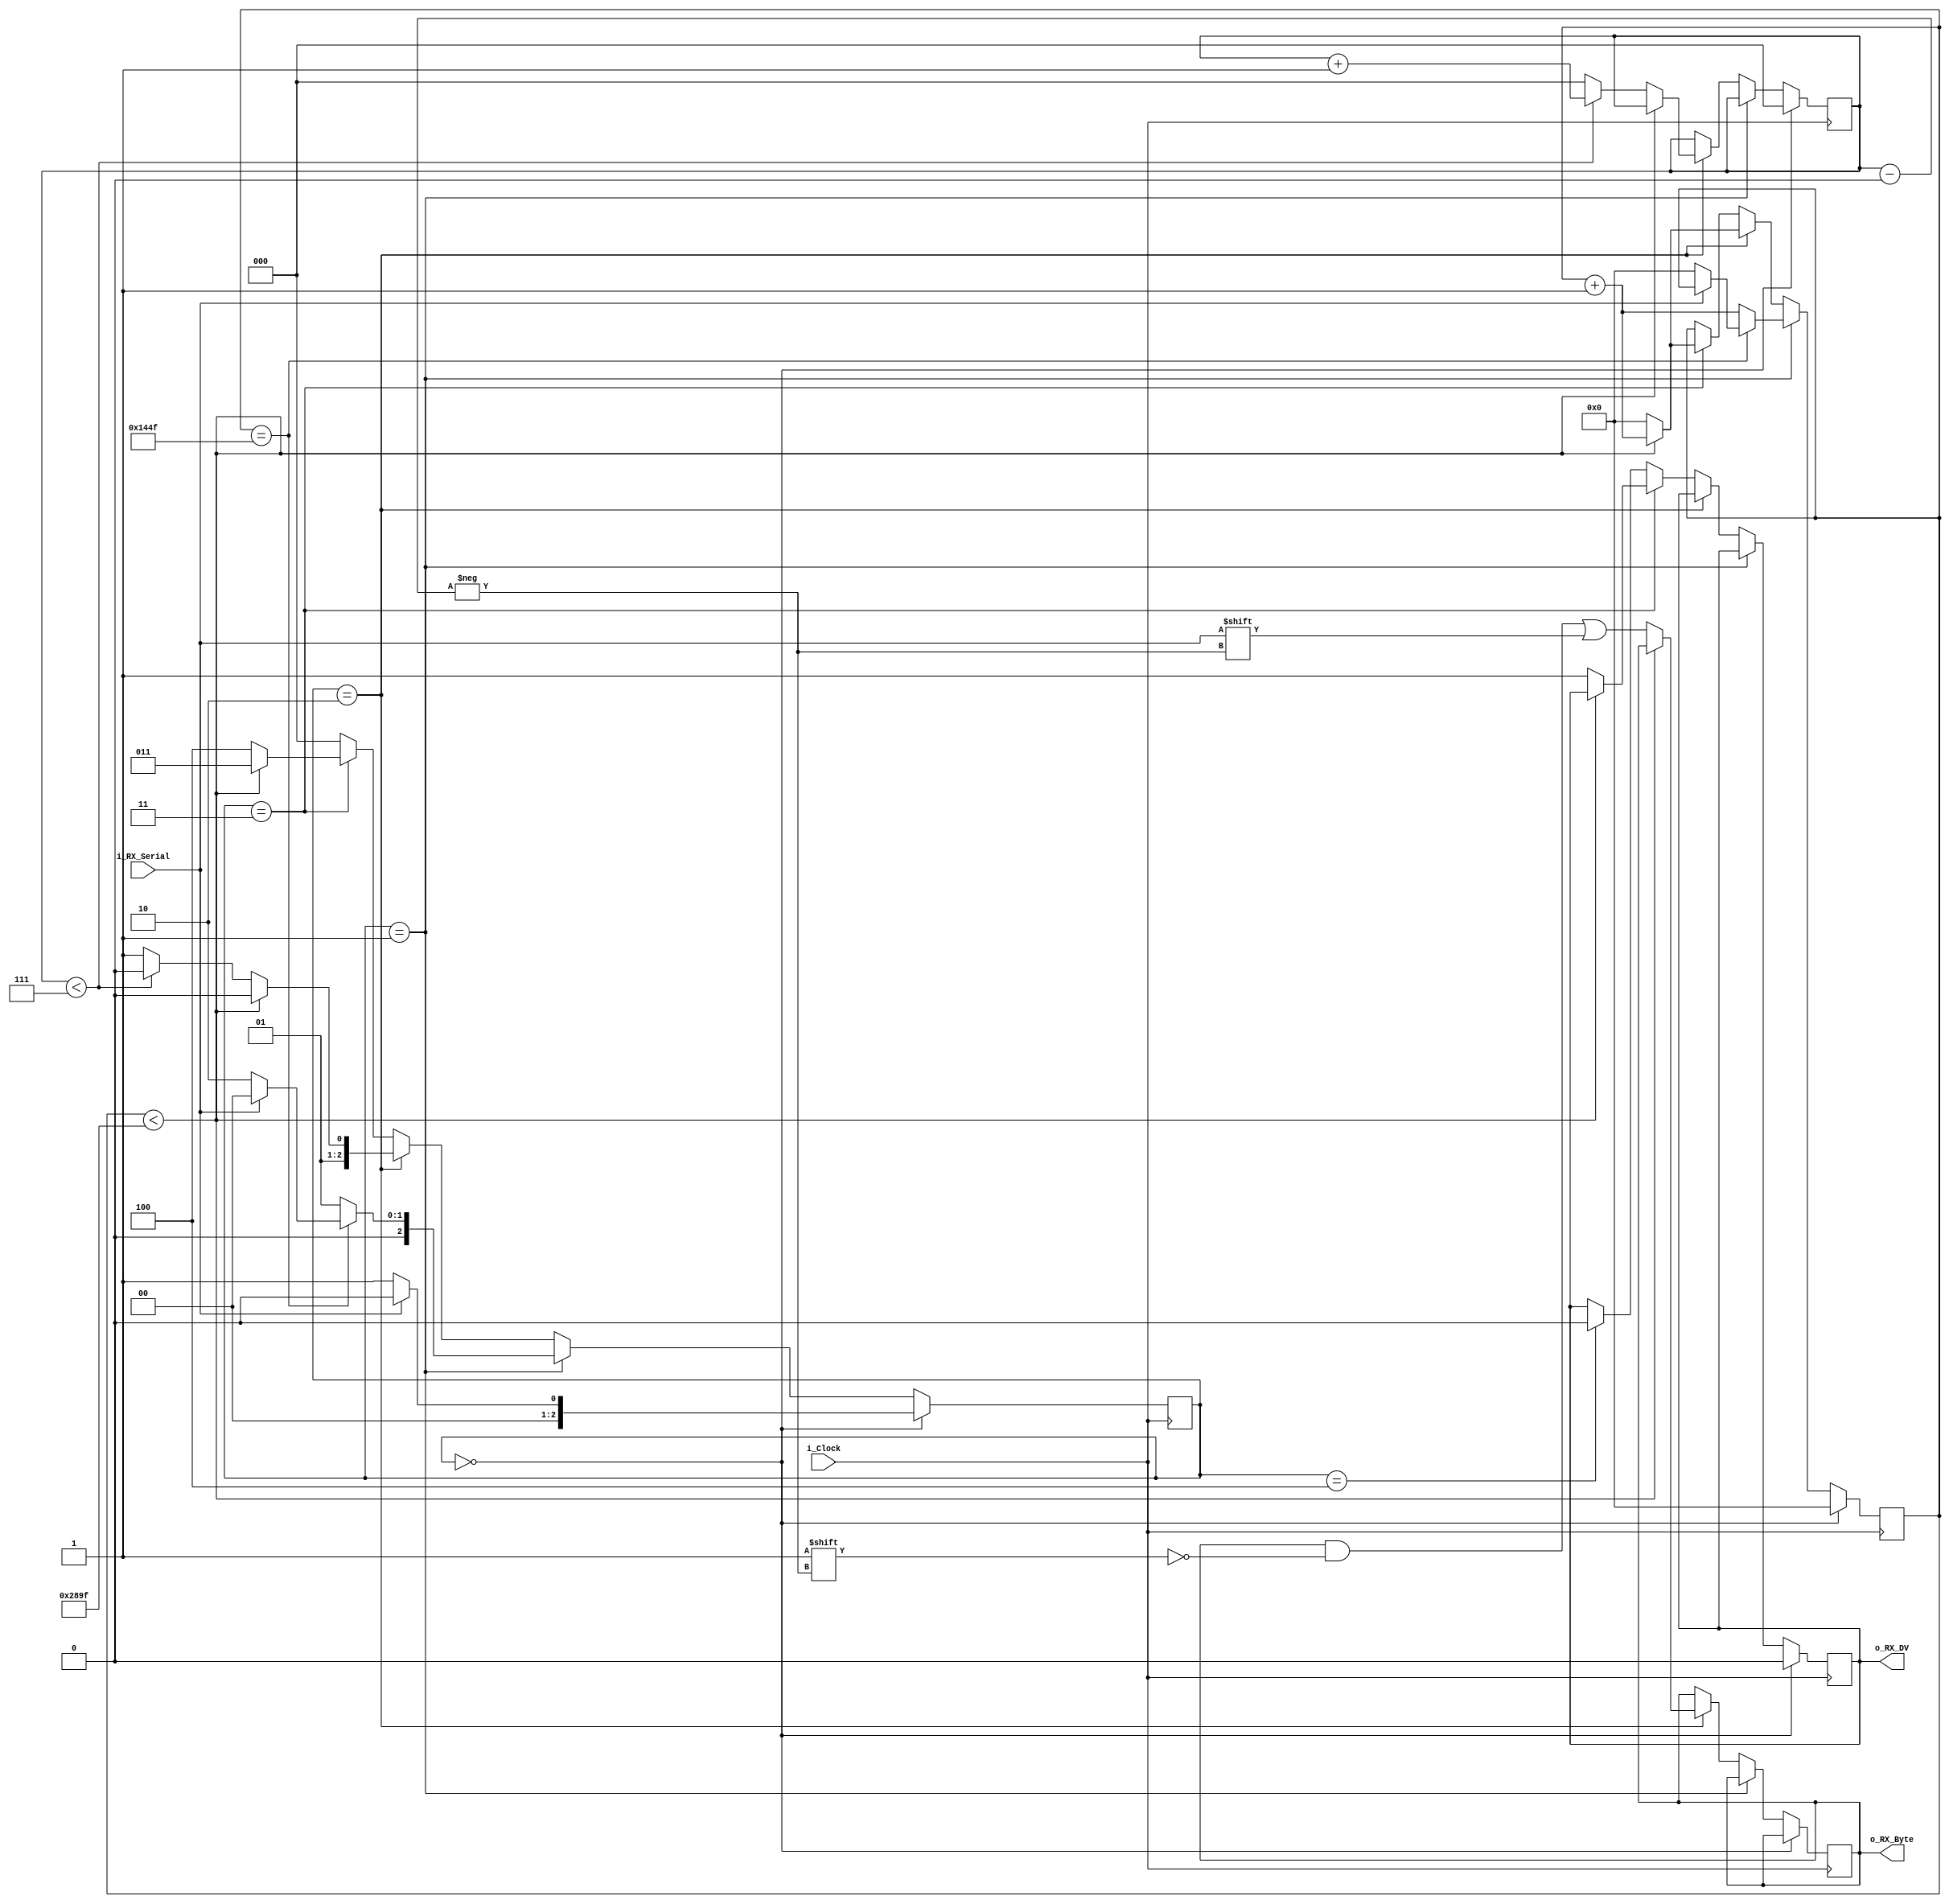
`timescale 1ns / 1ps
/////////////////////////////////////////////////////////////////////
// UART Receiver 
// This receiver is able to receive 8 bits of serial data, one start bit, one stop bit,
// and no parity bit.  When receive is complete o_rx_dv will be
// driven high for one clock cycle.
//
// CLKS_PER_BIT = (Frequency of i_Clock)/(Frequency of UART)
// 40 mHz on baord Clock, 9600  baud UART Bluetooth Adafruit 
// (40 000 000)/(9600) = 4200
/////////////////////////////////////////////////////////////////////

module uart_bluetooth_rx
#(parameter CLKS_PER_BIT = 10400)
 (
   input        i_Clock,					// clock of Zedboard
   input        i_RX_Serial,				// Serial input (data recieved one by one from bluetooth)
   output       o_RX_DV,					// drive line to the Fpga
   output [7:0] o_RX_Byte					// 8 bit output to our parser module
   );
   
  reg [2:0] IDLE         = 3'b000;		// idle 
  reg [2:0] RX_START_BIT = 3'b001;
  reg [2:0] RX_DATA_BITS = 3'b010;
  reg [2:0] RX_STOP_BIT  = 3'b011;
  reg [2:0] CLEANUP      = 3'b100;
  
  reg [16:0]    r_Clock_Count = 0;
  reg [2:0]     r_Bit_Index   = 0; //8 bits total
  reg [7:0]     r_RX_Byte     = 0;
  reg           r_RX_DV       = 0;
  reg [2:0]     r_SM_Main     = 0;
  
  
  // Purpose: Control RX state machine
  always @(posedge i_Clock)
  begin
      
    case (r_SM_Main)
      IDLE :
        begin
          r_RX_DV       <= 1'b0;
          r_Clock_Count <= 0;
          r_Bit_Index   <= 0;
          
          if (i_RX_Serial == 1'b0)          // Start bit detected
            r_SM_Main <= RX_START_BIT;
          else
            r_SM_Main <= IDLE;
        end
      
      // Check middle of start bit to make sure it's still low
      RX_START_BIT :
        begin
          if (r_Clock_Count == (CLKS_PER_BIT-1)/2)
          begin
            if (i_RX_Serial == 1'b0)
            begin
              r_Clock_Count <= 0;  // reset counter, found the middle
              r_SM_Main     <= RX_DATA_BITS;
            end
            else
              r_SM_Main <= IDLE;
          end
          else
          begin
            r_Clock_Count <= r_Clock_Count + 1;
            r_SM_Main     <= RX_START_BIT;
          end
        end // case: RX_START_BIT
      
      
      // Wait CLKS_PER_BIT-1 clock cycles to sample serial data
      RX_DATA_BITS :
        begin
          if (r_Clock_Count < CLKS_PER_BIT-1)
          begin
            r_Clock_Count <= r_Clock_Count + 1;
            r_SM_Main     <= RX_DATA_BITS;
          end
          else
          begin
            r_Clock_Count          <= 0;
            r_RX_Byte[r_Bit_Index] <= i_RX_Serial;
            
            // Check if we have received all bits
            if (r_Bit_Index < 7)
            begin
              r_Bit_Index <= r_Bit_Index + 1;
              r_SM_Main   <= RX_DATA_BITS;
            end
            else
            begin
              r_Bit_Index <= 0;
              r_SM_Main   <= RX_STOP_BIT;
            end
          end
        end // case: RX_DATA_BITS
      
      
      // Receive Stop bit.  Stop bit = 1
      RX_STOP_BIT :
        begin
          // Wait CLKS_PER_BIT-1 clock cycles for Stop bit to finish
          if (r_Clock_Count < CLKS_PER_BIT-1)
          begin
            r_Clock_Count <= r_Clock_Count + 1;
     	    r_SM_Main     <= RX_STOP_BIT;
          end
          else
          begin
       	    r_RX_DV       <= 1'b1;
            r_Clock_Count <= 0;
            r_SM_Main     <= CLEANUP;
          end
        end // case: RX_STOP_BIT
      
      
      // Stay here 1 clock
      CLEANUP :
        begin
          r_SM_Main <= IDLE;
          r_RX_DV   <= 1'b0;
        end
      
      
      default :
        r_SM_Main <= IDLE;
      
    endcase
  end    
  
  assign o_RX_DV   = r_RX_DV;
  assign o_RX_Byte = r_RX_Byte;
  
  
endmodule // UART_RX